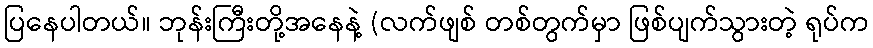
ပြနေပါတယ်။ ဘုန်းကြီးတို့အနေနဲ့ (လက်ဖျစ် တစ်တွက်မှာ ဖြစ်ပျက်သွားတဲ့ ရုပ်က